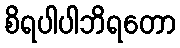
စိရပါပါဘိရတော